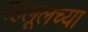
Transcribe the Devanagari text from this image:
बहलूलच्या